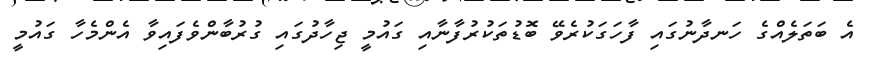
އެ ބަތަލެއްގެ ހަނދާނުގައި ފާހަގަކުރެވޭ ބޮޑުތަކުރުފާނާއި ގައުމީ ޖިހާދުގައި ގުރުބާންވެފައިވާ އެންމެހާ ގައުމީ